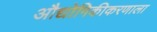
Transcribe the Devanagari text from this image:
औद्योगिकीकरणाला